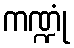
ကဏ္ဍုံ